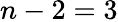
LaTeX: n-2=3